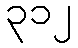
၃၁၂